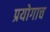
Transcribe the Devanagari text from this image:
प्रयोगाच